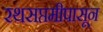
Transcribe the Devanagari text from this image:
रथसप्तमीपासून